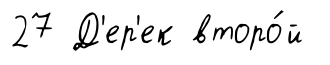
27 Д'ер'ек второ́й